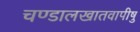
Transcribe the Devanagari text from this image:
चण्डालखातवापीषु